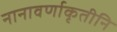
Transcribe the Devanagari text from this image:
नानावर्णाकृतीनि